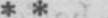
* *